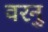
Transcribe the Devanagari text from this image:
वरनु